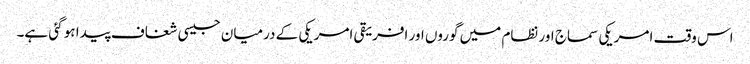
اس وقت امریکی سماج اور نظام میں گوروں اور افریقی امریکی کے درمیان جیسی شغاف پیدا ہو گئی ہے۔